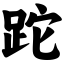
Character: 跎